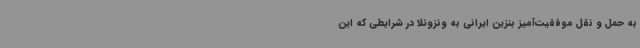
به حمل و نقل موفقیت‌آمیز بنزین ایرانی به ونزوئلا در شرایطی که این